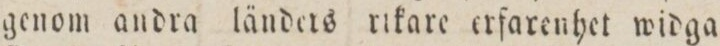
genom andra länders rikare erfarenhet widga